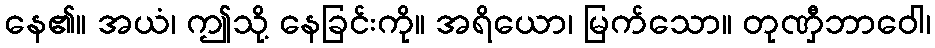
နေ၏။ အယံ၊ ဤသို့ နေခြင်းကို။ အရိယော၊ မြက်သော။ တုဏှီဘာဝေါ၊